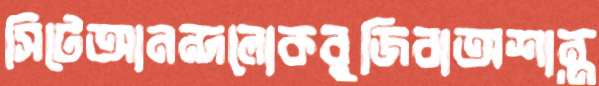
সিটেআনন্দলোকবুজিবাঅশান্ত